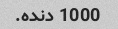
1000 دنده.